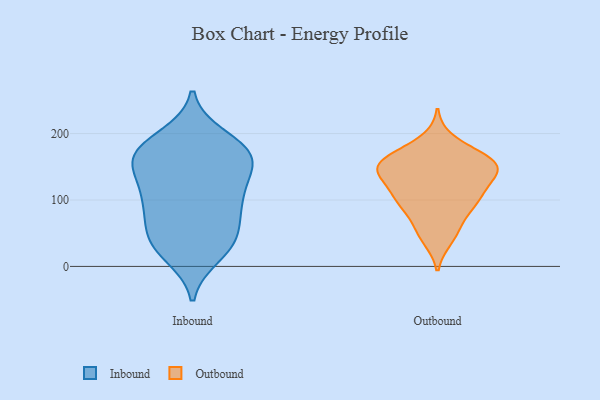
{"axis": {"x": "Website Visitors", "y": "Value"}, "legend": ["Inbound", "Outbound"], "data": [{"x": "", "y": 195, "type": "Inbound"}, {"x": "", "y": 81, "type": "Inbound"}, {"x": "", "y": 17, "type": "Inbound"}, {"x": "", "y": 102, "type": "Inbound"}, {"x": "", "y": 175, "type": "Inbound"}, {"x": "", "y": 104, "type": "Inbound"}, {"x": "", "y": 187, "type": "Inbound"}, {"x": "", "y": 160, "type": "Inbound"}, {"x": "", "y": 146, "type": "Inbound"}, {"x": "", "y": 106, "type": "Inbound"}, {"x": "", "y": 34, "type": "Inbound"}, {"x": "", "y": 62, "type": "Inbound"}, {"x": "", "y": 164, "type": "Inbound"}, {"x": "", "y": 166, "type": "Inbound"}, {"x": "", "y": 149, "type": "Inbound"}, {"x": "", "y": 37, "type": "Inbound"}, {"x": "", "y": 166, "type": "Inbound"}, {"x": "", "y": 107, "type": "Inbound"}, {"x": "", "y": 27, "type": "Inbound"}, {"x": "", "y": 51, "type": "Inbound"}, {"x": "", "y": 98, "type": "Outbound"}, {"x": "", "y": 142, "type": "Outbound"}, {"x": "", "y": 94, "type": "Outbound"}, {"x": "", "y": 157, "type": "Outbound"}, {"x": "", "y": 143, "type": "Outbound"}, {"x": "", "y": 106, "type": "Outbound"}, {"x": "", "y": 169, "type": "Outbound"}, {"x": "", "y": 134, "type": "Outbound"}, {"x": "", "y": 162, "type": "Outbound"}, {"x": "", "y": 93, "type": "Outbound"}, {"x": "", "y": 61, "type": "Outbound"}, {"x": "", "y": 42, "type": "Outbound"}, {"x": "", "y": 119, "type": "Outbound"}, {"x": "", "y": 102, "type": "Outbound"}, {"x": "", "y": 151, "type": "Outbound"}, {"x": "", "y": 189, "type": "Outbound"}, {"x": "", "y": 150, "type": "Outbound"}, {"x": "", "y": 50, "type": "Outbound"}, {"x": "", "y": 155, "type": "Outbound"}, {"x": "", "y": 150, "type": "Outbound"}]}